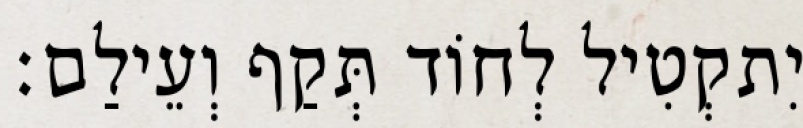
יִתקְטִיל לְחוֹד תְּקַף וְעֵילַם׃